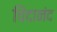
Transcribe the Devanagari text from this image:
चिंदानंद